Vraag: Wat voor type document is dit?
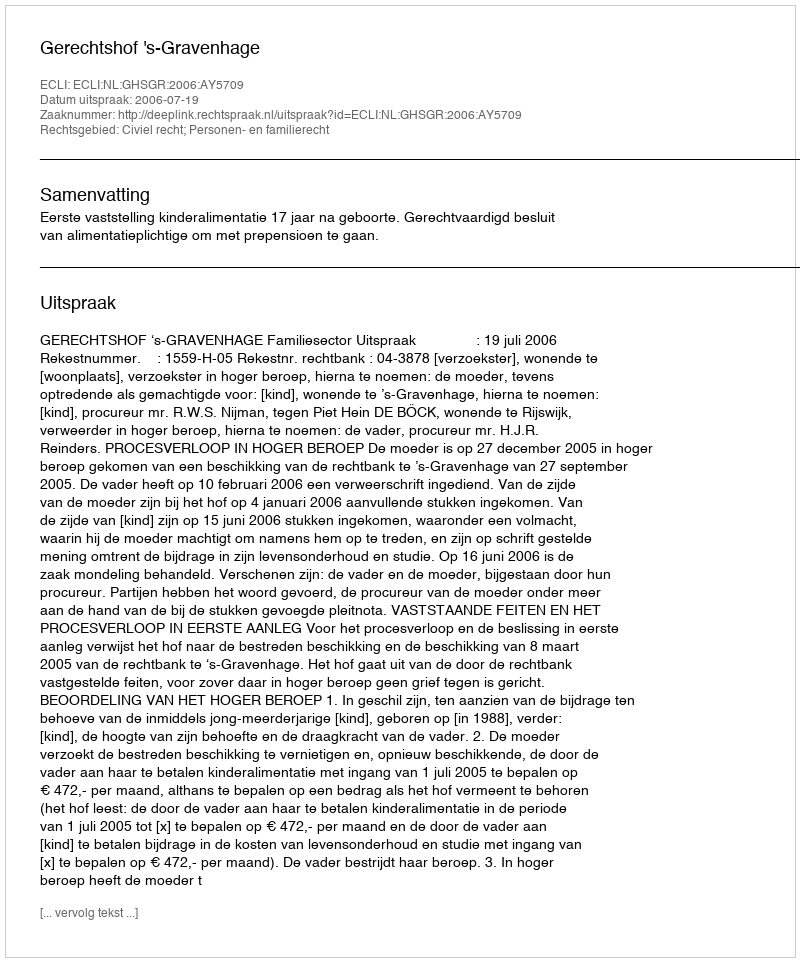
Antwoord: Uitspraak